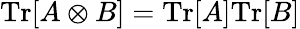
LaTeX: \mathrm{Tr}[A\otimes B]=\mathrm{Tr}[A]\mathrm{Tr}[B]